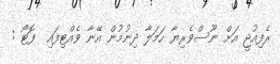
ރެފިއުޖީ އަށް ނޫސްވެރިޔާ ހަމަލާ ދިނުމުން އޭނާ ވެއްޓިފައި  ފޮޓޯ :